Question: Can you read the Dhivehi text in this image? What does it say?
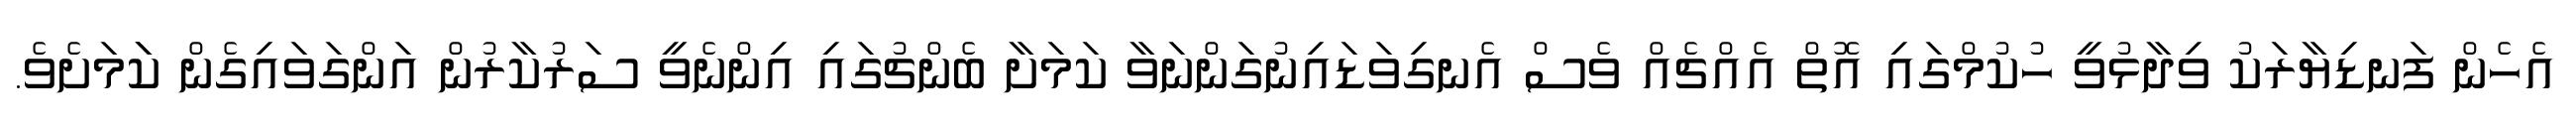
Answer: އެހެން ފަނޑިޔާރަކު ވިދާޅުވީ ހުކުމްގައި އޮތް އެއްޗެއް ވެސް އެނގިވަޑައިނުގަންނަވާ ކަމަށާ ބެންޗުގައި އިންނެވީ ސަރުކާރުން އަންގަވައިގެން ކަަމަށެވެ.